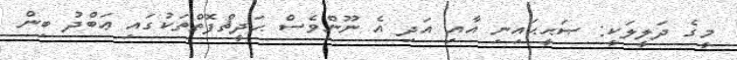
މީގެ ދަލީލަކީ: ޞަޙީޙައިނި އާއި އަދި އެ ނޫންވެސް ޙަދީޘްފޮތްތަކުގައި ޢަބްދު ބިން